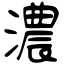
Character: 濃